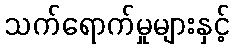
သက်ရောက်မှုများနှင့်